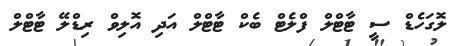
ލޮގަހެޑް ސީ ޓާޓްލް ފްލެޓް ބެކް ޓާޓްލް އަދި އޮލިވް ރިޑްލޭ ޓާޓްލް